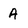
Character: A